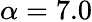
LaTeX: \alpha=7.0